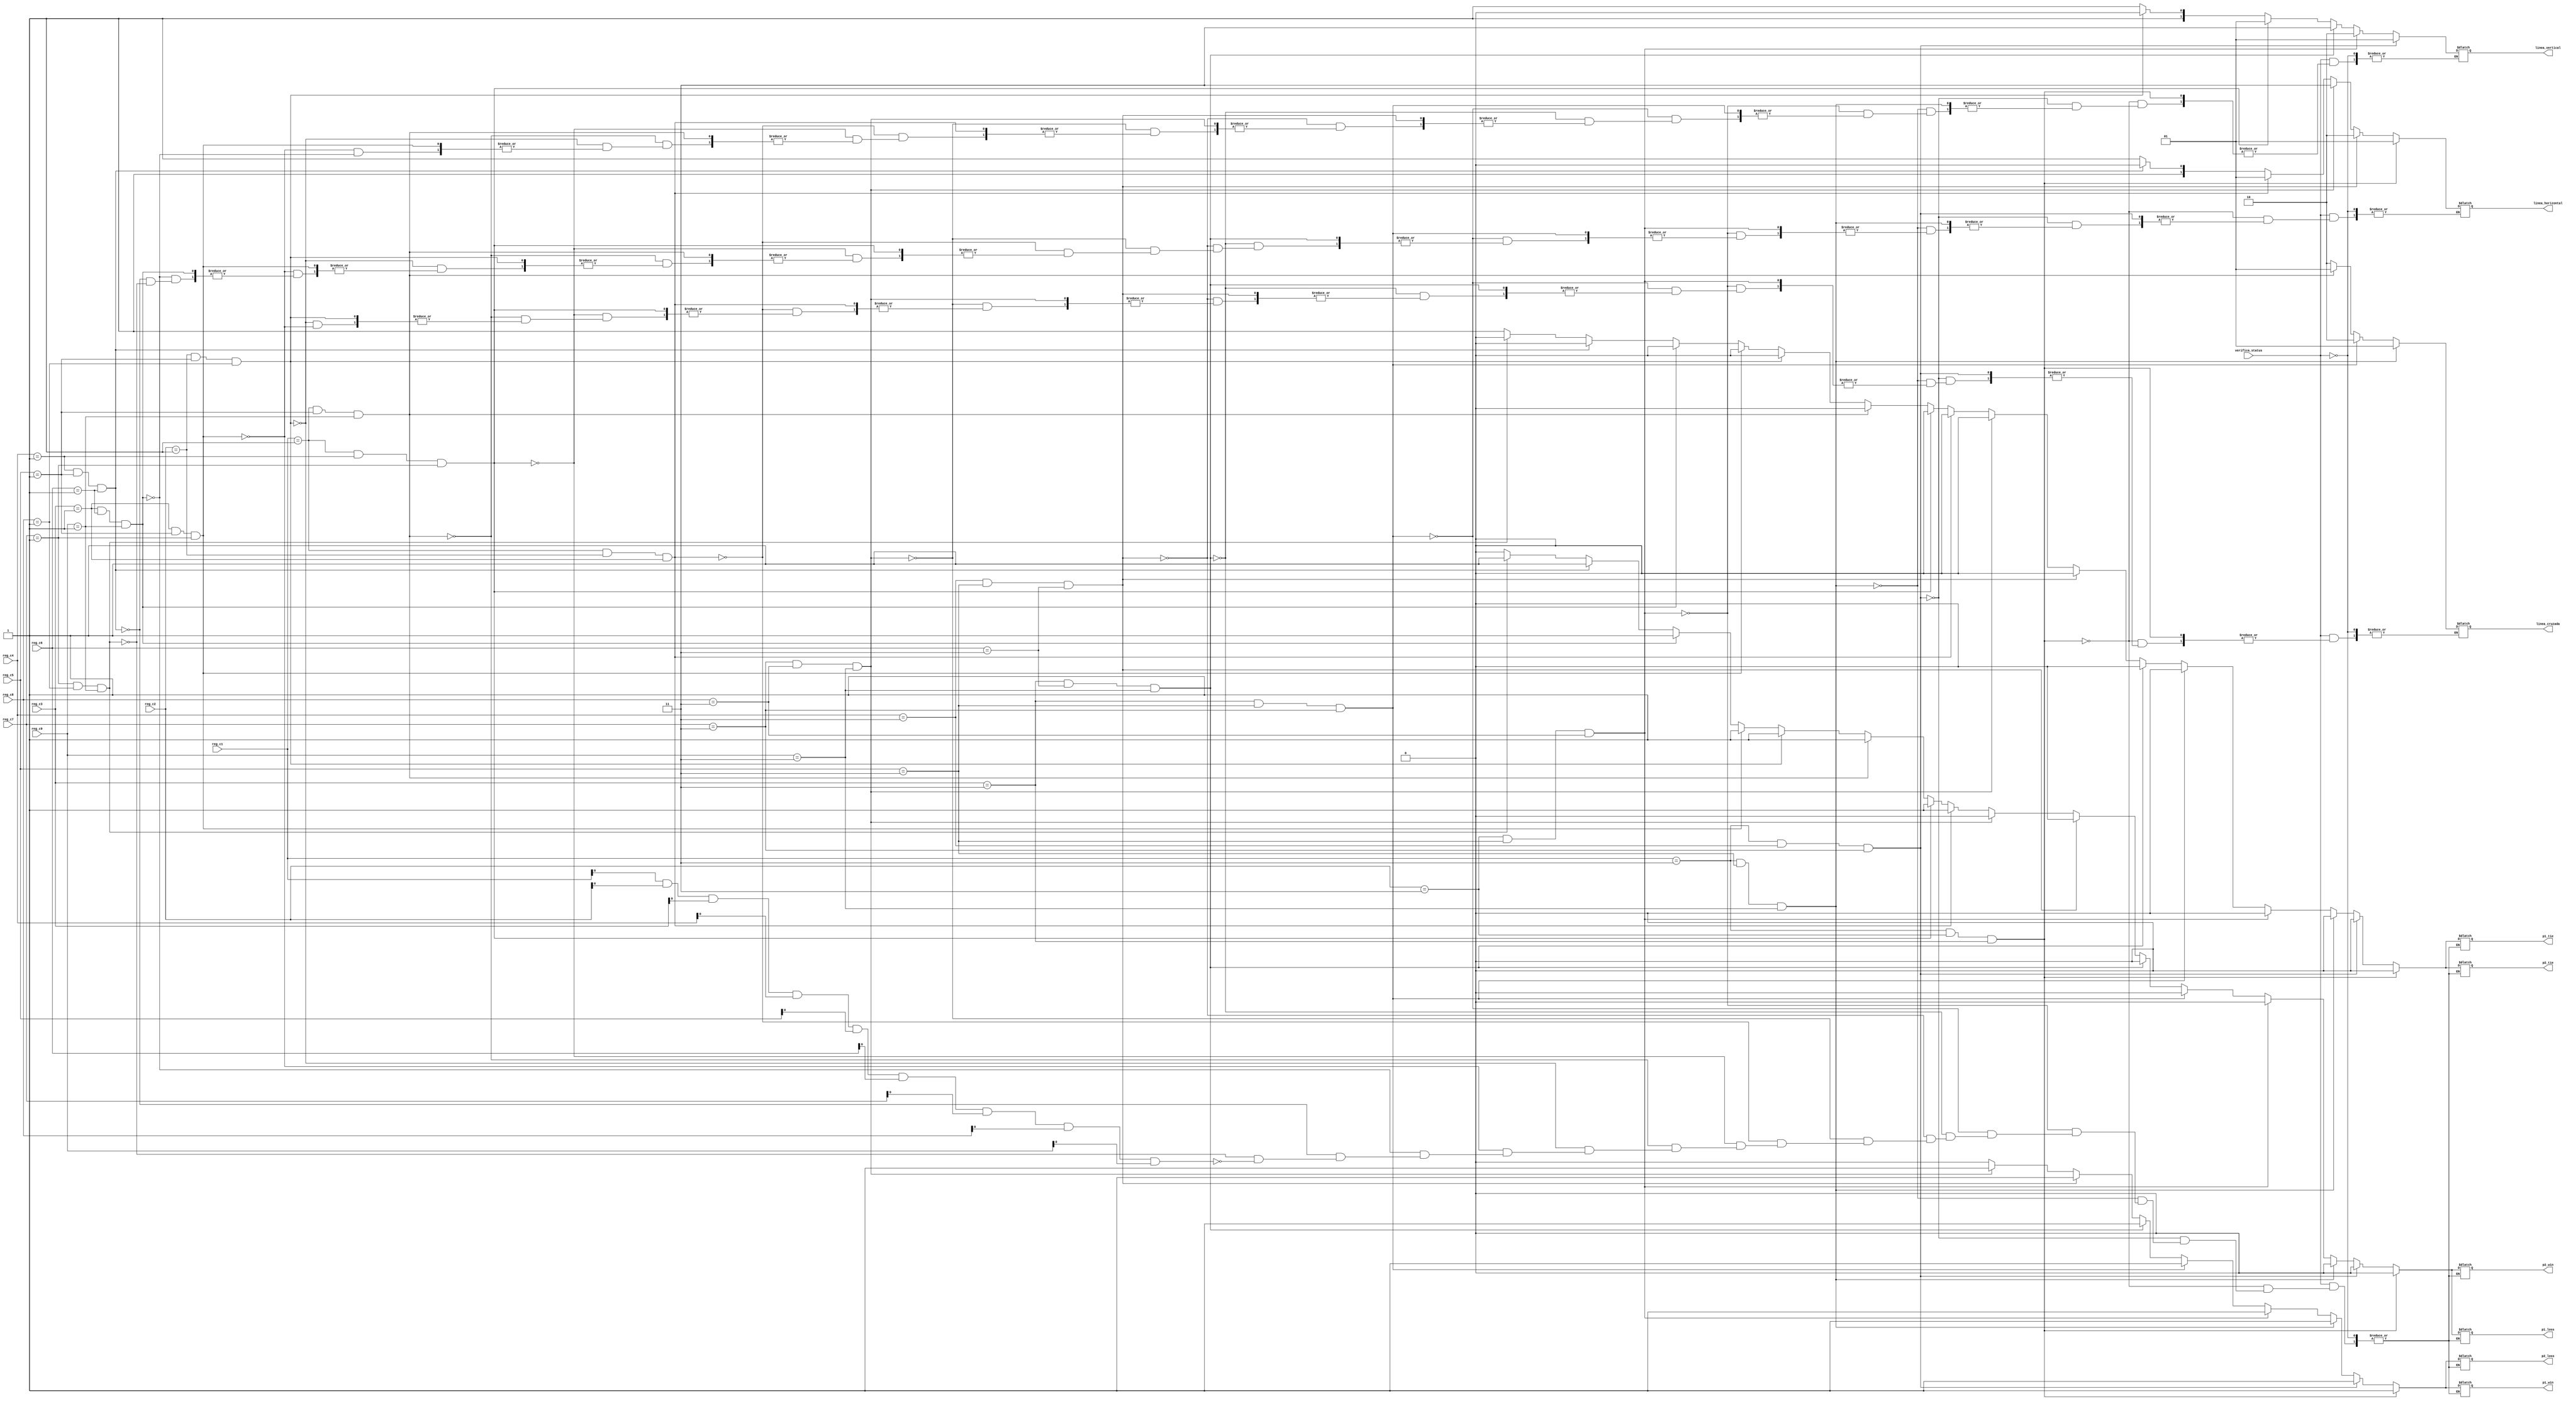
`timescale 1ns / 1ps


module Verificador_gato(
	verifica_status,
	
	p1_tie, 
	p1_loss,
	p1_win,
	
	p2_tie, 
	p2_loss,
	p2_win,
	
	linea_horizontal,
	linea_vertical,
	linea_cruzada,
	
	reg_c1,
	reg_c2,
	reg_c3,
	reg_c4,
	reg_c5,
	reg_c6,
	reg_c7,
	reg_c8,
	reg_c9
   );
	
	input verifica_status;
	
	input [1:0] reg_c1, reg_c2, reg_c3, reg_c4, reg_c5, reg_c6, reg_c7, reg_c8, reg_c9;
	
	output reg p1_tie, p1_loss, p1_win, p2_tie, p2_loss, p2_win;
	
	output reg [1:0] linea_horizontal, linea_vertical, linea_cruzada;
	
	always @(*)
		begin
		//verifica si el jugador 1 gana
		if (verifica_status == 1'b1)
			begin
			if (reg_c1 == 2'b11 & reg_c2 == 2'b11 & reg_c3 == 2'b11) 
				begin
				p1_win <= 1'b1;
				p1_loss <= 1'b0;
				p2_win <= 1'b0;
				p2_loss <= 1'b1;
				p1_tie <= 1'b0;
				p2_tie <= 1'b0;
				linea_horizontal <= 2'b01;
				end
			else if (reg_c1 == 2'b11 & reg_c4 == 2'b11 & reg_c7  == 2'b11)
				begin
				p1_win <= 1'b1;
				p1_loss <= 1'b0;
				p2_win <= 1'b0;
				p2_loss <= 1'b1;
				p1_tie <= 1'b0;
				p2_tie <= 1'b0;
				linea_vertical <= 2'b01;
				end
			else if (reg_c1 == 2'b11 & reg_c5 == 2'b11 & reg_c9  == 2'b11)
				begin
				p1_win <= 1'b1;
				p1_loss <= 1'b0;
				p2_win <= 1'b0;
				p2_loss <= 1'b1;
				p1_tie <= 1'b0;
				p2_tie <= 1'b0;
				linea_cruzada <= 2'b01;
				end
			else if (reg_c2 == 2'b11 & reg_c5 == 2'b11 & reg_c8  == 2'b11)
				begin
				p1_win <= 1'b1;
				p1_loss <= 1'b0;
				p2_win <= 1'b0;
				p2_loss <= 1'b1;
				p1_tie <= 1'b0;
				p2_tie <= 1'b0;
				linea_vertical <= 2'b10;
				end
			else if (reg_c3 == 2'b11 & reg_c5 == 2'b11 & reg_c7  == 2'b11)
				begin
				p1_win <= 1'b1;
				p1_loss <= 1'b0;
				p2_win <= 1'b0;
				p2_loss <= 1'b1;
				p1_tie <= 1'b0;
				p2_tie <= 1'b0;
				linea_cruzada <= 2'b10;
				end
			else if (reg_c3 == 2'b11 & reg_c6 == 2'b11 & reg_c9  == 2'b11)
				begin
				p1_win <= 1'b1;
				p1_loss <= 1'b0;
				p2_win <= 1'b0;
				p2_loss <= 1'b1;
				p1_tie <= 1'b0;
				p2_tie <= 1'b0;
				linea_vertical <= 2'b11;
				end
			else if (reg_c4 == 2'b11 & reg_c5 == 2'b11 & reg_c6  == 2'b11)
				begin
				p1_win <= 1'b1;
				p1_loss <= 1'b0;
				p2_win <= 1'b0;
				p2_loss <= 1'b1;
				p1_tie <= 1'b0;
				p2_tie <= 1'b0;
				linea_horizontal <= 2'b10;
				end
			else if (reg_c7 == 2'b11 & reg_c8 == 2'b11 & reg_c9  == 2'b11)
				begin
				p1_win <= 1'b1;
				p1_loss <= 1'b0;
				p2_win <= 1'b0;
				p2_loss <= 1'b1;
				p1_tie <= 1'b0;
				p2_tie <= 1'b0;
				linea_horizontal <= 2'b11;
				end
				
			//verifica si el jugador 2 gana
			else if (reg_c1 == 2'b01 & reg_c2 == 2'b01 & reg_c3 == 2'b01) 
				begin
				p2_win <= 1'b1;
				p2_loss <= 1'b0;
				p1_win <= 1'b0;
				p1_loss <= 1'b1;
				p1_tie <= 1'b0;
				p2_tie <= 1'b0;
				linea_horizontal <= 2'b01;
				end
			else if (reg_c1 == 2'b01 & reg_c4 == 2'b01 & reg_c7  == 2'b01)
				begin
				p2_win <= 1'b1;
				p2_loss <= 1'b0;
				p1_win <= 1'b0;
				p1_loss <= 1'b1;
				p1_tie <= 1'b0;
				p2_tie <= 1'b0;
				linea_vertical <= 2'b01;
				end
			else if (reg_c1 == 2'b01 & reg_c5 == 2'b01 & reg_c9  == 2'b01)
				begin
				p2_win <= 1'b1;
				p2_loss <= 1'b0;
				p1_win <= 1'b0;
				p1_loss <= 1'b1;
				p1_tie <= 1'b0;
				p2_tie <= 1'b0;
				linea_cruzada <= 2'b01;
				end
			else if (reg_c2 == 2'b01 & reg_c5 == 2'b01 & reg_c8  == 2'b01)
				begin
				p2_win <= 1'b1;
				p2_loss <= 1'b0;
				p1_win <= 1'b0;
				p1_loss <= 1'b1;
				p1_tie <= 1'b0;
				p2_tie <= 1'b0;
				linea_vertical <= 2'b10;
				end
			else if (reg_c3 == 2'b01 & reg_c5 == 2'b01 & reg_c7  == 2'b01)
				begin
				p2_win <= 1'b1;
				p2_loss <= 1'b0;
				p1_win <= 1'b0;
				p1_loss <= 1'b1;
				p1_tie <= 1'b0;
				p2_tie <= 1'b0;
				linea_cruzada <= 2'b10;
				end
			else if (reg_c3 == 2'b01 & reg_c6 == 2'b01 & reg_c9  == 2'b01)
				begin
				p2_win <= 1'b1;
				p2_loss <= 1'b0;
				p1_win <= 1'b0;
				p1_loss <= 1'b1;
				p1_tie <= 1'b0;
				p2_tie <= 1'b0;
				linea_vertical <= 2'b11;
				end
			else if (reg_c4 == 2'b01 & reg_c5 == 2'b01 & reg_c6  == 2'b01)
				begin
				p2_win <= 1'b1;
				p2_loss <= 1'b0;
				p1_win <= 1'b0;
				p1_loss <= 1'b1;
				p1_tie <= 1'b0;
				p2_tie <= 1'b0;
				linea_horizontal <= 2'b10;
				end
			else if (reg_c7 == 2'b01 & reg_c8 == 2'b01 & reg_c9  == 2'b01)
				begin
				p2_win <= 1'b1;
				p2_loss <= 1'b0;
				p1_win <= 1'b0;
				p1_loss <= 1'b1;
				p1_tie <= 1'b0;
				p2_tie <= 1'b0;
				linea_horizontal <= 2'b11;
				end
			//verifica si hay empate
			else 
				if (reg_c1[0] == 1'b1 & reg_c2[0] == 1'b1 & reg_c3[0] == 1'b1 & reg_c4[0] == 1'b1 &
					 reg_c5[0] == 1'b1 & reg_c6[0] == 1'b1 & reg_c7[0] == 1'b1 & reg_c8[0] == 1'b1 &
					 reg_c9[0] == 1'b1)
					 begin
					 p2_win <= 1'b0;
					 p2_loss <= 1'b0;
					 p1_win <= 1'b0;
					 p1_loss <= 1'b0;
					 p1_tie <= 1'b1;
					 p2_tie <= 1'b1;
					 end
			end
		end
endmodule